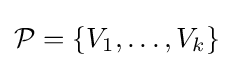
{\mathcal {P}}=\{V_{1},\ldots ,V_{k}\}